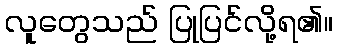
လူတွေသည် ပြုပြင်လို့ရ၏။